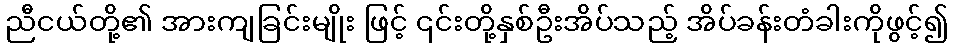
ညီငယ်တို့၏ အားကျခြင်းမျိုး ဖြင့် ၎င်းတို့နှစ်ဦးအိပ်သည့် အိပ်ခန်းတံခါးကိုဖွင့်၍